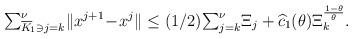
LaTeX: \begin{align*}{\textstyle\sum_{\overline{K}_{\!1}\ni j=k}^{\nu}}\|x^{j+1}\!-\!x^j\|\le({1}/{2}){\textstyle\sum_{j=k}^{\nu}}\Xi_j+\widehat{c}_1(\theta)\Xi_k^{\frac{1-\theta}{\theta}}.\end{align*}